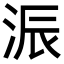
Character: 浱